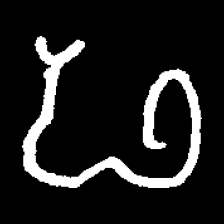
Pyu character \u2014 Myanmar letter: ဖ (romanized: pha)